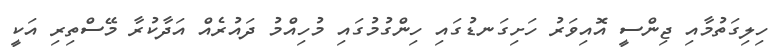
ހިލިގަތުމާއި ޖިންސީ އޮއިވަރު ހަށިގަނޑުގައި ހިންގުމުގައި މުހިއްމު ދައުރެއް އަދާކުރާ މޭސްތިރި އަކީ